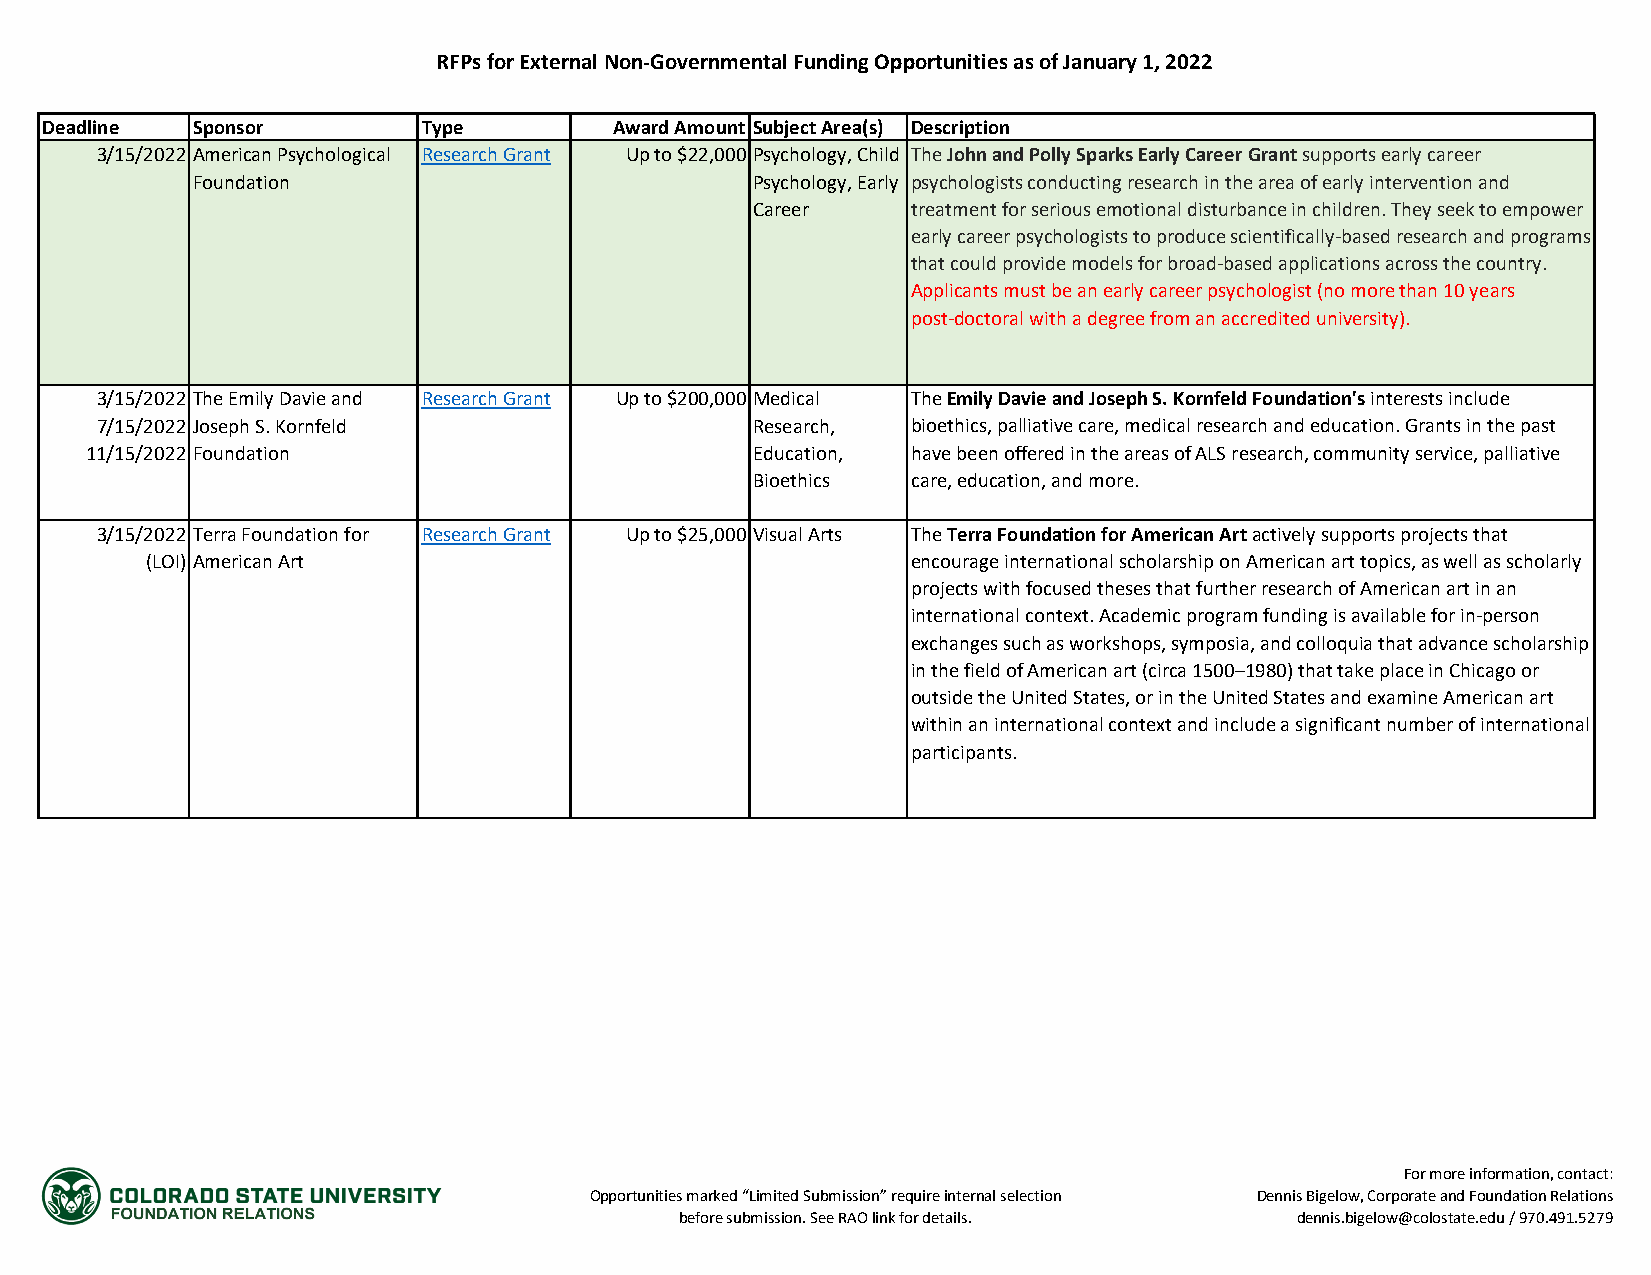
RFPs for External Non-Governmental Funding Opportunities as of January 1, 2022
 Deadline  Sponsor        Type         Award Amount Subject Area(s) Description
 3/15/2022 American Psychological Research Grant Up to $22,000 Psychology, Child The John and Polly Sparks Early Career Grant supports early career
 Foundation                           Psychology, Early psychologists conducting research in the area of early intervention and
 Career    treatment for serious emotional disturbance in children. They seek to empower
 early career psychologists to produce scientifically-based research and programs
 that could provide models for broad-based applications across the country.
 Applicants must be an early career psychologist (no more than 10 years
 post-doctoral with a degree from an accredited university).
 3/15/2022 The Emily Davie and Research Grant Up to $200,000 Medical The Emily Davie and Joseph S. Kornfeld Foundation's interests include
 7/15/2022 Joseph S. Kornfeld                Research, bioethics, palliative care, medical research and education. Grants in the past
 11/15/2022 Foundation                       Education, have been offered in the areas of ALS research, community service, palliative
 Bioethics care, education, and more.
 3/15/2022 Terra Foundation for Research Grant Up to $25,000 Visual Arts The Terra Foundation for American Art actively supports projects that
 (LOI) American Art                                encourage international scholarship on American art topics, as well as scholarly
 projects with focused theses that further research of American art in an
 international context. Academic program funding is available for in-person
 exchanges such as workshops, symposia, and colloquia that advance scholarship
 in the field of American art (circa 1500–1980) that take place in Chicago or
 outside the United States, or in the United States and examine American art
 within an international context and include a significant number of international
 participants.
 For more information, contact:
 Opportunities marked “Limited Submission” require internal selection Dennis Bigelow, Corporate and Foundation Relations
 before submission. See RAO link for details. dennis.bigelow@colostate.edu / 970.491.5279